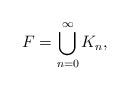
LaTeX: \begin{align*} F= \bigcup_{n=0}^\infty K_n,\end{align*}